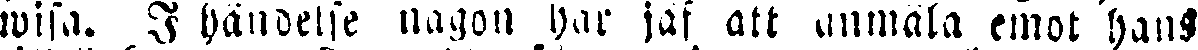
wisa. I händelse någon har jaf att anmäla emot hans